Lunatic asylums Bombay report 1891-1903 - 1891-1903
Year: 1891
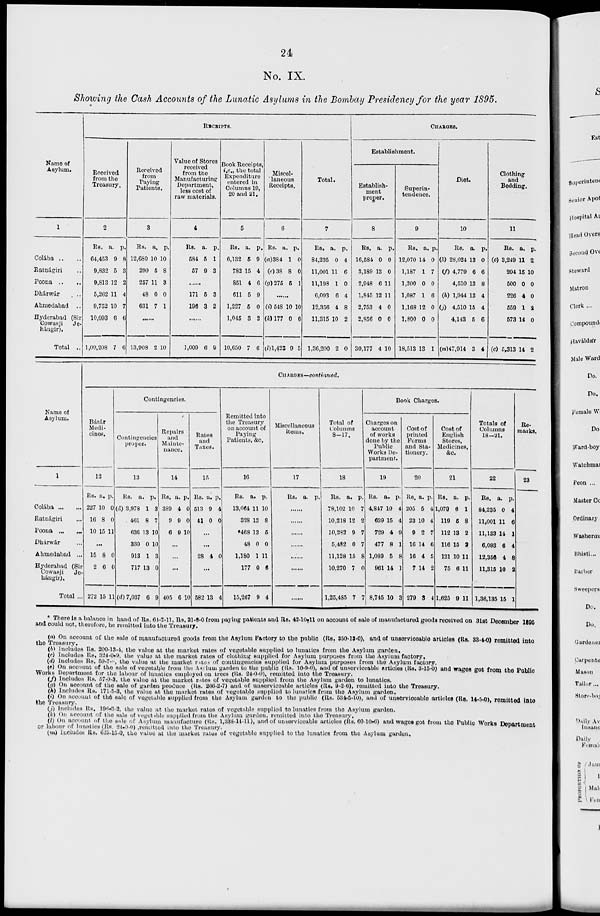
24
No. IX.
Showing the Cash Accounts of the Lunatic Asylums in the Bombay Presidency for the year 1895.
Name of
Asylum.
1
Colába .. ..
Ratnágiri
..
Poona ..
..
Dhárwár
..
Ahmedabad ..
Hyderabad (Sir
Cowasji
Je-
hángir).
Total ..
RECEIPTS.
Received
from the
Treasury.
2
Rs.
64,453
9,832
9,813
5,262
9,752
10,093
1,09,208
a.
9
5
12
11
10
6
7
p.
8
3
2
4
7
6
6
Received
from
Paying
Patients.
3
Rs.
12,680
290
257
48
631
a.
10
5
11
0
7
p.
10
8
3
0
1
......
13,908 2 10
Value of Stores
received
from the
Manufacturing
Department,
less cost of
raw materials.
4
Rs.
584
57
a.
5
9
p.
1
3
......
171
190
5
3
3
2
......
1,009 6 9
Book Receipts,
i.e., the total
Expenditure
entered in
Columns 19,
20 and 21.
5
Rs.
6,132
782
851
611
1,227
1,045
10,650
a.
5
15
4
5
5
3
7
p.
9
4
6
9
0
2
6
Miscel-
laneous
Receipts.
6
Rs.
(a)384
(e)38
(g)275
a.
1
8
5
p.
0
0
1
......
(i) 548
(k) 177
(l)1,423
10
0
9
10
6
5
Total.
7
Rs.
84,235
11,001
11,198
6,093
12,356
11,315
1,36,200
a.
0
11
1
6
4
10
2
p.
4
6
0
4
8
2
0
CHARGES.
Establishment.
Establish-
ment
proper.
8
Rs.
16,584
3,189
2,948
1,845
2,753
2,856
30,177
a.
0
13
6
12
4
0
4
p.
0
0
11
11
0
0
10
Superin-
tendence.
9
Rs.
12,070
1,187
1,200
1,087
1,168
1,800
18,513
a
14
1
0
1
12
0
13
p.
0
7
0
6
0
0
1
Diet.
10
Rs.
(b) 28,024
(f) 4,779
4,510
(h) 1,944
(j) 4,510
4,143
(m)47,914
a.
13
6
13
13
15
5
3
p.
0
6
8
4
4
6
4
Clothing
and
Bedding.
11
Rs.
(c) 3,249
204
500
226
559
573
(c) 5,313
a.
11
16
0
4
1
14
14
p.
2
10
0
0
2
0
2
Name of
Asylum.
1
Colába
Ratnágiri
Poona ...
Dhárwár
Ahmedabad ...
Hyderabad (Sir
Cowasji
Je-
hángir).
Total ..
CHARGES—continued.
Bázár
Medi-
cines.
12
Rs.
227
16
10
a.
10
8
15
p.
0
0
11
...
15
2
272
8
6
15
0
0
11
Contingencies.
Contingencies
proper.
13
Rs.
(d) 3,978
461
636
330
913
717
(d) 7,037
a.
1
8
13
0
1
13
6
p.
3
7
10
10
3
0
9
Repairs
and
Mainte-
nance.
14
Rs.
389
9
6
a.
4
9
9
p.
0
0
10
...
...
...
405 6 10
Rates
and
Taxes.
15
Rs.
513
41
a.
9
0
p.
4
0
...
...
28 4 0
...
582 13 4
Remitted into
the Treasury
on account of
Paying
Patients, &c.
16
Rs.
13,064
328
*468
48
1,180
177
15,267
a.
11
13
13
0
1
0
9
p.
10
8
5
0
11
6
4
Miscellaneous
items.
17
Rs. a. p.
......
Total of
Columns
8-17.
18
Rs.
78,102
10,218
10,282
5,482
11,128
10,270
1,25,485
a.
10
12
9
0
15
7
7
p.
7
2
7
7
8
0
7
Book Charges.
Charges on
account
of works
done by the
Public
Works De-
partment.
19
Rs.
4,847
639
729
477
1,089
961
8,745
a.
10
15
4
8
6
14
10
p.
4
4
9
1
8
1
3
Cost of
printed
Forms
and Sta-
tionery.
20
Rs.
205
23
9
16
16
7
279
a.
5
10
2
14
4
14
3
p.
4
4
7
6
5
2
4
Cost of
English
Stores,
Medicines,
&c.
21
Rs.
1,079
119
112
116
121
75
1,625
a.
6
5
13
15
10
6
9
p.
1
8
2
8
11
11
11
Totals of
Columns
18—21.
22
Rs.
84,235
11,001
11,133
6,093
12,350
11,316
1,36,135
a.
0
11
14
6
4
10
15
p.
4
6
1
4
8
2
1
Re-
marks.
23
* There is a balance in hand of Rs. 64-2-11, Rs. 21-8-0 from paying patients and Rs. 42-10-11 on account of sale of manufactured goods received on 31st December 1895
and could not, therefore, be remitted into the Treasury.
(a) On account of the sale of manufactured goods from the Asylum Factory to the public (Rs. 350-13-0), and of unserviceable articles (Rs. 33-4-0) remitted into
the Treasury.
(b) Includes Rs. 200-13-4, the value at the market rates of vegetable supplied to lunatics from the Asylum garden.
(c) Includes Rs. 324-0-9, the value at the market rates of clothing supplied for Asylum purposes from the Asylum factory,
(d) Includes Rs. 59-7-11, the value at the market rates of contingencies supplied for Asylum purposes from the Asylum factory,
(e) On account of the sale of vegetable from the Asylum garden to the public (Rs. 10-9.0), and of unserviceable articles (Rs. 8-15-0) and wages got from the Public
Works Department for the labour of lunatics employed on trees (Rs. 24-0-0), remitted into the Treasury.
(f) Includes Rs. 57-9-3, the value at the market rates of vegetable supplied from the Asylum garden to lunatics.
(g) On account of the sale of garden produce (Rs. 266-2-7) and of unserviceable articles (Rs. 9-2-6), remitted into the Treasury.
(h) Includes Rs. 171-5-3, the value at the market rates of vegetable supplied to lunatics from the Asylum garden.
(i) On account of the sale of vegetable supplied from the Asylum garden to the public (Rs. 534-5-10), and of unserviceable articles (Rs. 14-5-0), remitted into
(j) Includes Rs. 196-3-2, the value at the market rates of vegetable supplied to lunatics from the Asylum garden.
(k) On account of the sale of vegetable supplied from the Asylum garden, remitted into the Treasury.
(l) On account of the sale of Asylum manufacture (Rs, 1,338-14-11), and of unserviceable articles (Rs. 60-10-6) and wages got from the Public Works Department
or labour of lunatics (Rs. 24-0-0),remitted into the Treasury.
(m) Includes Rs. 625-15-0, the value at the market rates of vegetable supplied to the lunatics from the Asylum garden.